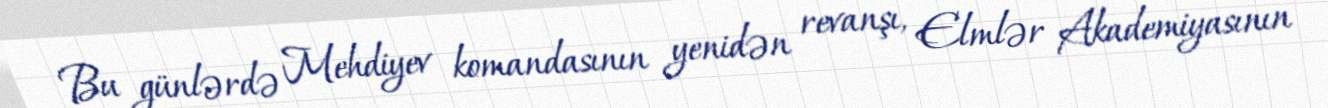
Bu günlərdə Mehdiyev komandasının yenidən revanşı, Elmlər Akademiyasının